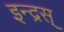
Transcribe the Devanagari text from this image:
इन्द्रस्